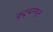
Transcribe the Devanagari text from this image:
कुटूंबांमधून